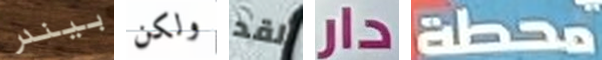
بيندر ولكن لقد دار محطة